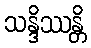
သန္ဒိဿန္တိ